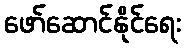
ဖော်ဆောင်နိုင်ရေး